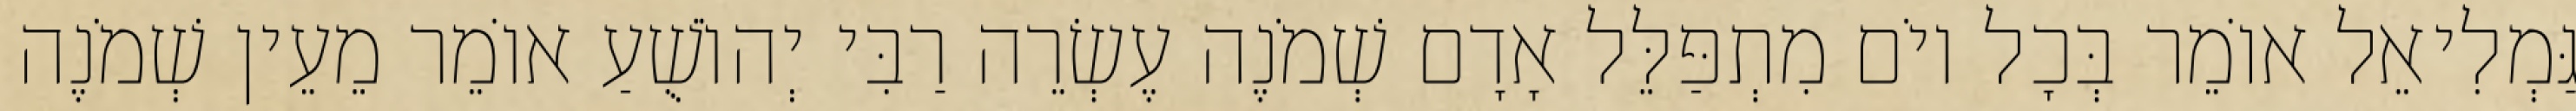
גַּמְלִיאֵל אוֹמֵר בְּכָל יוֹם מִתְפַּלֵּל אָדָם שְׁמֹנֶה עֶשְׂרֵה רַבִּי יְהוֹשֻׁעַ אוֹמֵר מֵעֵין שְׁמֹנֶה